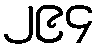
၂၉၄